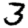
Digit: 3